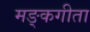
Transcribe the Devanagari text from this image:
मङ्कगीता